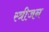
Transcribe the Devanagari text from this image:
स्त्रीजन